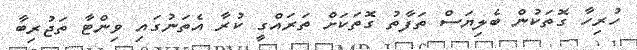
ހުރިހާ ގޮތަކުން ބެލިޔަސް ތަފާތު ގޮތަކަށް ތަރައްގީ ކުރާ އެތަނުގައި ވިންޓާ ތަޖުރިބާ